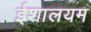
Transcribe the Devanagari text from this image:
ईशालयम